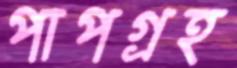
পাপগ্রহ